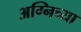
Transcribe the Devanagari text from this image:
अग्निच्या